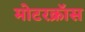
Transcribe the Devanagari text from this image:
मोटरक्रॉस